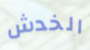
الخدش